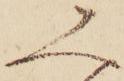
み